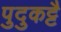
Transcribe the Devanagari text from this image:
पुदुकट्टै